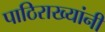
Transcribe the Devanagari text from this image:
पाठिराख्यांनी